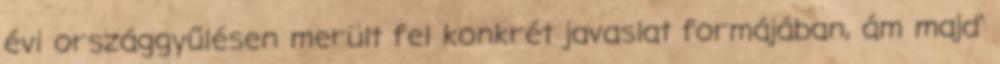
évi országgyűlésen merült fel konkrét javaslat formájában, ám majd'